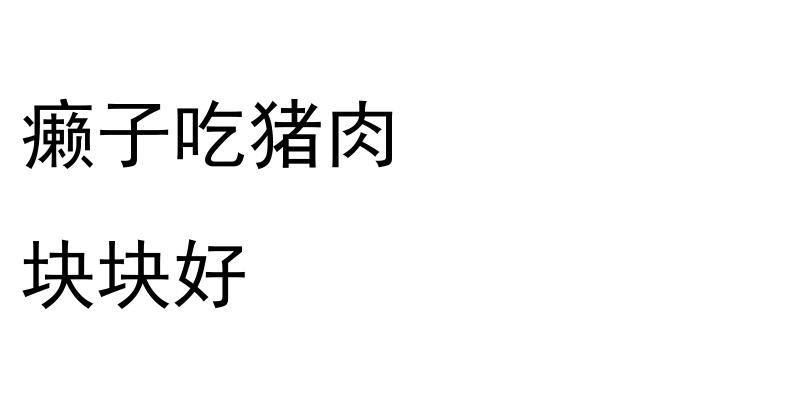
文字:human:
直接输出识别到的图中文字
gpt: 癞子吃猪肉 块块好